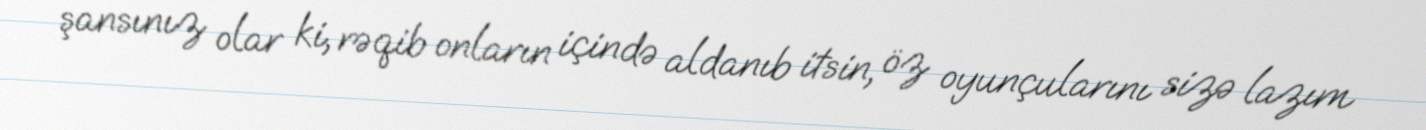
şansınız olar ki, rəqib onların içində aldanıb itsin, öz oyunçularını sizə lazım